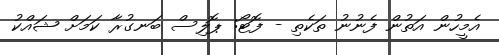
އެމީހުން އަތުން ފެނުނު ތަކެތި - ފޮޓޯ: ޕޮލިސް ބަނގުރާ ކަމަށް ޝައްކު